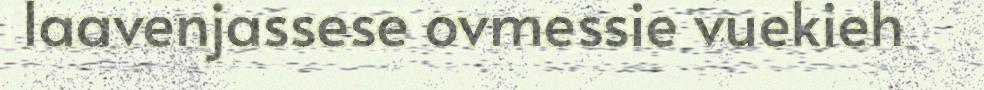
laavenjassese ovmessie vuekieh